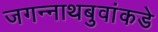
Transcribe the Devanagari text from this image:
जगन्नाथबुवांकडे